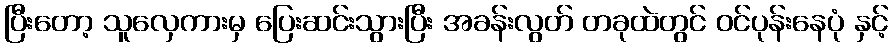
ပြီးတော့ သူလှေကားမှ ပြေးဆင်းသွားပြီး အခန်းလွတ် တခုထဲတွင် ဝင်ပုန်းနေပုံ နှင့်